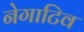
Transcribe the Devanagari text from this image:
नेगाटिव